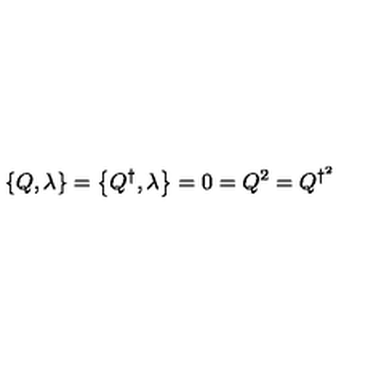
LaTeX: \left\{ Q , \lambda \right\} = \left\{ Q ^ { \dagger } , \lambda \right\} = 0 = Q ^ { 2 } = Q ^ { \dagger ^ { 2 } }